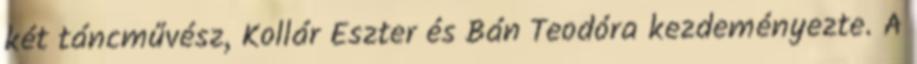
két táncművész, Kollár Eszter és Bán Teodóra kezdeményezte. A